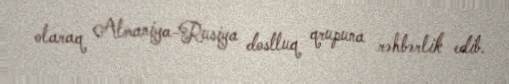
olaraq Almaniya-Rusiya dostluq qrupuna rəhbərlik edib.